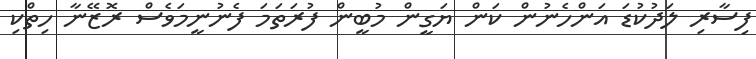
ފިސާރި ލަދުކުޑަ އަންހެނުން ކަން ޔަގީން މުބީން ފުރަތަމަ ފެނުނީމަވެސް ރޮޒޭނާ ހިތްކި